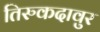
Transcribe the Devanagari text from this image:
तिरुकदावुर